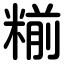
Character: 糋